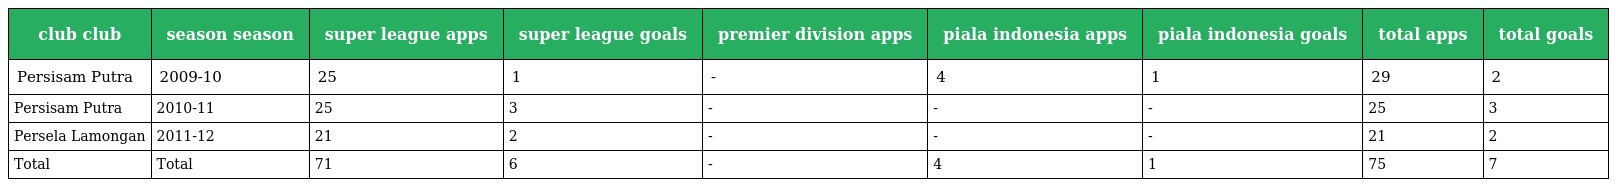
| club club | season season | super league apps | super league goals | premier division apps | piala indonesia apps | piala indonesia goals | total apps | total goals |
 | --- | --- | --- | --- | --- | --- | --- | --- | --- |
 | Persisam Putra | 2009-10 | 25 | 1 | - | 4 | 1 | 29 | 2 |
 | Persisam Putra | 2010-11 | 25 | 3 | - | - | - | 25 | 3 |
 | Persela Lamongan | 2011-12 | 21 | 2 | - | - | - | 21 | 2 |
 | Total | Total | 71 | 6 | - | 4 | 1 | 75 | 7 |